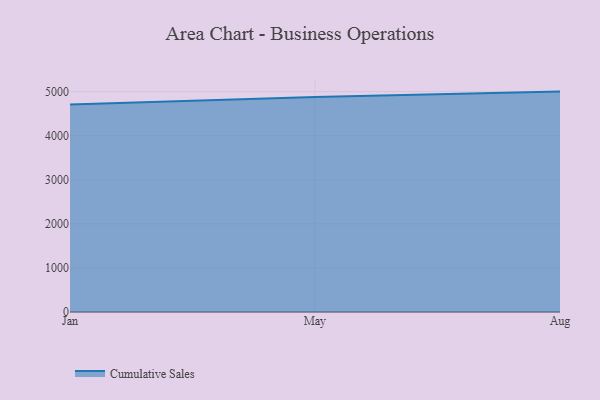
{"axis": {"x": "Month", "y": "Page Views"}, "legend": ["Cumulative Sales"], "data": [{"x": "Jan", "y": 4706.2, "type": "Cumulative Sales"}, {"x": "May", "y": 4877.0, "type": "Cumulative Sales"}, {"x": "Aug", "y": 5000, "type": "Cumulative Sales"}]}